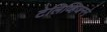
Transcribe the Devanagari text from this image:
टेलिव्हिजनने